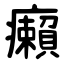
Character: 癩